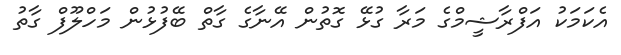
އެކަމަކު އަފްރާޝީމްގެ މަރާ ގުޅޭ ގޮތުން އޭނާގެ ގާތް ބޭފުޅުން މަހްލޫފް ގާތު